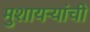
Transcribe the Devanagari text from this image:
मुशायर्‍यांची